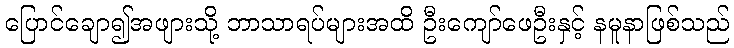
ပြောင်ချော၍အဖျားသို့ ဘာသာရပ်များအထိ ဦးကျော်ဖေဦးနှင့် နမူနာဖြစ်သည်